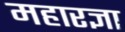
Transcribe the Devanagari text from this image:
महारज्ञा